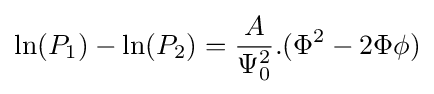
\ln(P_{1})-\ln(P_{2})={\frac {A}{\Psi _{0}^{2}}}.(\Phi ^{2}-2\Phi \phi )